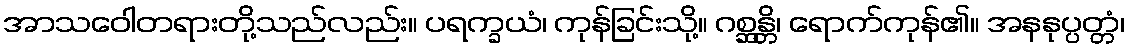
အာသဝေါတရားတို့သည်လည်း။ ပရက္ခယံ၊ ကုန်ခြင်းသို့။ ဂစ္ဆန္တိ၊ ရောက်ကုန်၏။ အနနုပ္ပတ္တံ၊